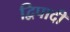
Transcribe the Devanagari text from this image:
द्विपादी